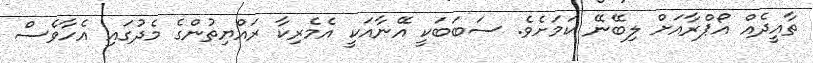
ތާއީދެއް އޯޕްރާއަށް ލިބޭނޭ ކަމަށެވެ. ސަބަބަކީ އޭނާއަކީ އެމެރިކާ ރައްޔިތުންގެ މެދުގައި އެހާވެސް